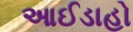
આઈડાહો